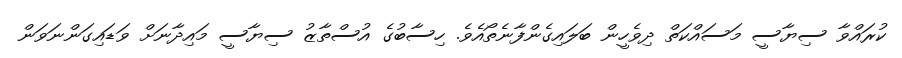
ކުރައްވާ ސިޔާސީ މަސައްކަތް ދިވެހީން ބަލައިގެންފާނެތޯއެވެ. ހިސާބުގެ އުސްތާޒު ސިޔާސީ މައިދާނަށް ވަޑައިގަންނަވަން